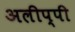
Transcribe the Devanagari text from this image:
अलीप्पी